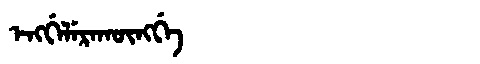
Manchu: ᡝᠩᡤᡝᠯᡝᡵᠠᡴᡡᠩᡤᡝ
Romanization: ENGGELERAKŪNGGE